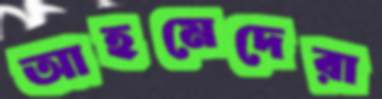
আহমেদেরা